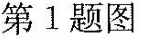
第1题图